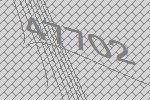
47702